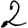
Digit: 2